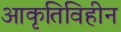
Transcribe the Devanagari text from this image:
आकृतिविहीन